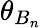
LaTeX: \theta_{B_{n}}